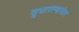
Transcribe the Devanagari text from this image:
सुधारल्यानंतर